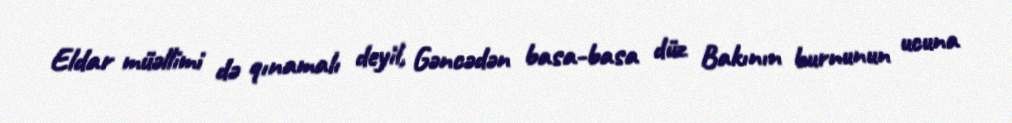
Eldar müəllimi də qınamalı deyil, Gəncədən basa-basa düz Bakının burnunun ucuna